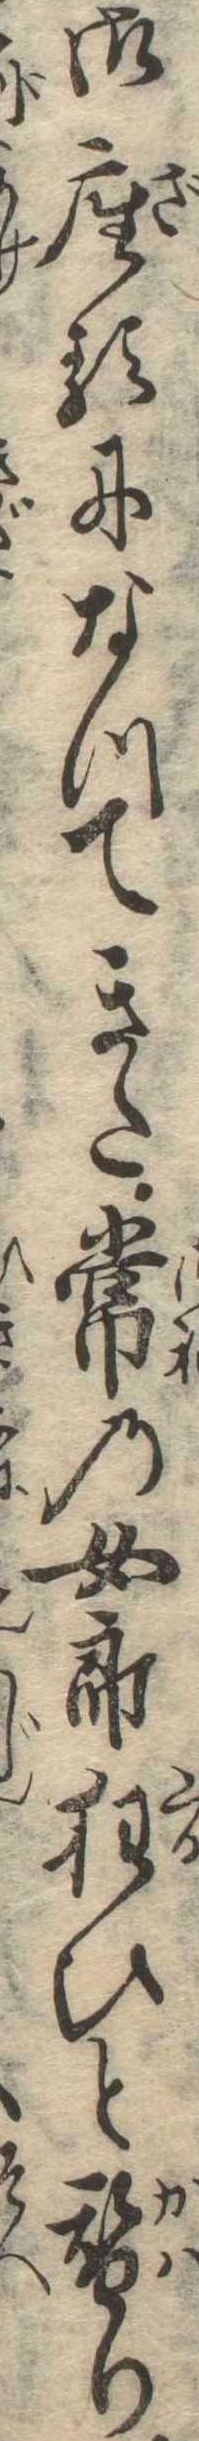
御座るになつてきた常の女郎狂ひと替り